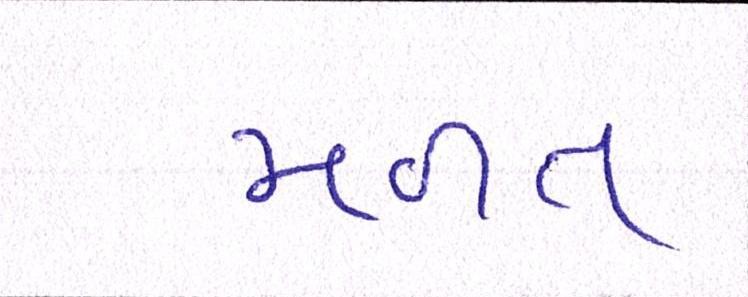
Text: મળત